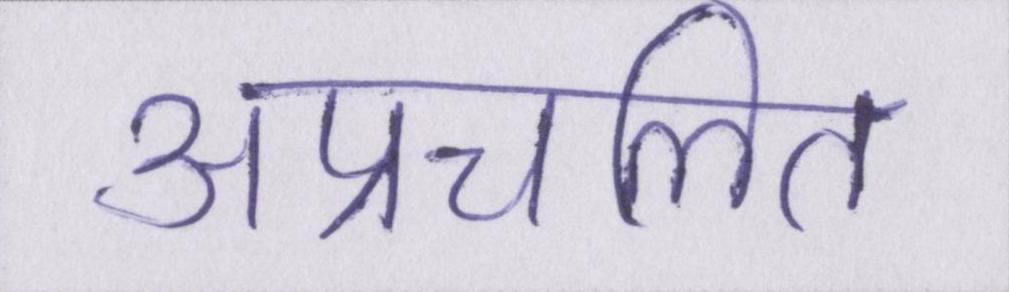
अप्रचलित